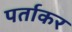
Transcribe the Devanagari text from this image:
पर्ताकर